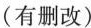
（有删改）